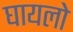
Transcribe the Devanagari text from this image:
घायलो